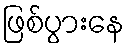
ဖြစ်ပွားနေ